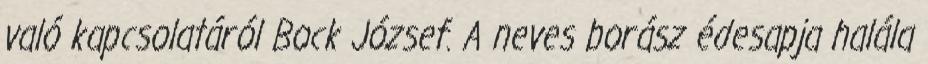
való kapcsolatáról Bock József. A neves borász édesapja halála